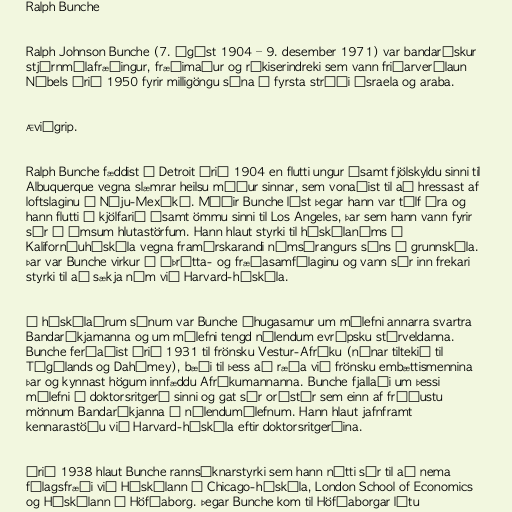
Ralph Bunche

Ralph Johnson Bunche (7. ágúst 1904 – 9. desember 1971) var bandarískur
stjórnmálafræðingur, fræðimaður og ríkiserindreki sem vann friðarverðlaun
Nóbels árið 1950 fyrir milligöngu sína í fyrsta stríði Ísraela og araba.

Æviágrip.

Ralph Bunche fæddist í Detroit árið 1904 en flutti ungur ásamt fjölskyldu sinni til
Albuquerque vegna slæmrar heilsu móður sinnar, sem vonaðist til að hressast af
loftslaginu í Nýju-Mexíkó. Móðir Bunche lést þegar hann var tólf ára og
hann flutti í kjölfarið ásamt ömmu sinni til Los Angeles, þar sem hann vann fyrir
sér í ýmsum hlutastörfum. Hann hlaut styrki til háskólanáms í
Kaliforníuháskóla vegna framúrskarandi námsárangurs síns í grunnskóla.
Þar var Bunche virkur í íþrótta- og fræðasamfélaginu og vann sér inn frekari
styrki til að sækja nám við Harvard-háskóla.

Á háskólaárum sínum var Bunche áhugasamur um málefni annarra svartra
Bandaríkjamanna og um málefni tengd nýlendum evrópsku stórveldanna.
Bunche ferðaðist árið 1931 til frönsku Vestur-Afríku (nánar tiltekið til
Tógólands og Dahómey), bæði til þess að ræða við frönsku embættismennina
þar og kynnast högum innfæddu Afríkumannanna. Bunche fjallaði um þessi
málefni í doktorsritgerð sinni og gat sér orðstír sem einn af fróðustu
mönnum Bandaríkjanna í nýlendumálefnum. Hann hlaut jafnframt
kennarastöðu við Harvard-háskóla eftir doktorsritgerðina.

Árið 1938 hlaut Bunche rannsóknarstyrki sem hann nýtti sér til að nema
félagsfræði við Háskólann í Chicago-háskóla, London School of Economics
og Háskólann í Höfðaborg. Þegar Bunche kom til Höfðaborgar létu